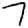
Digit: 7